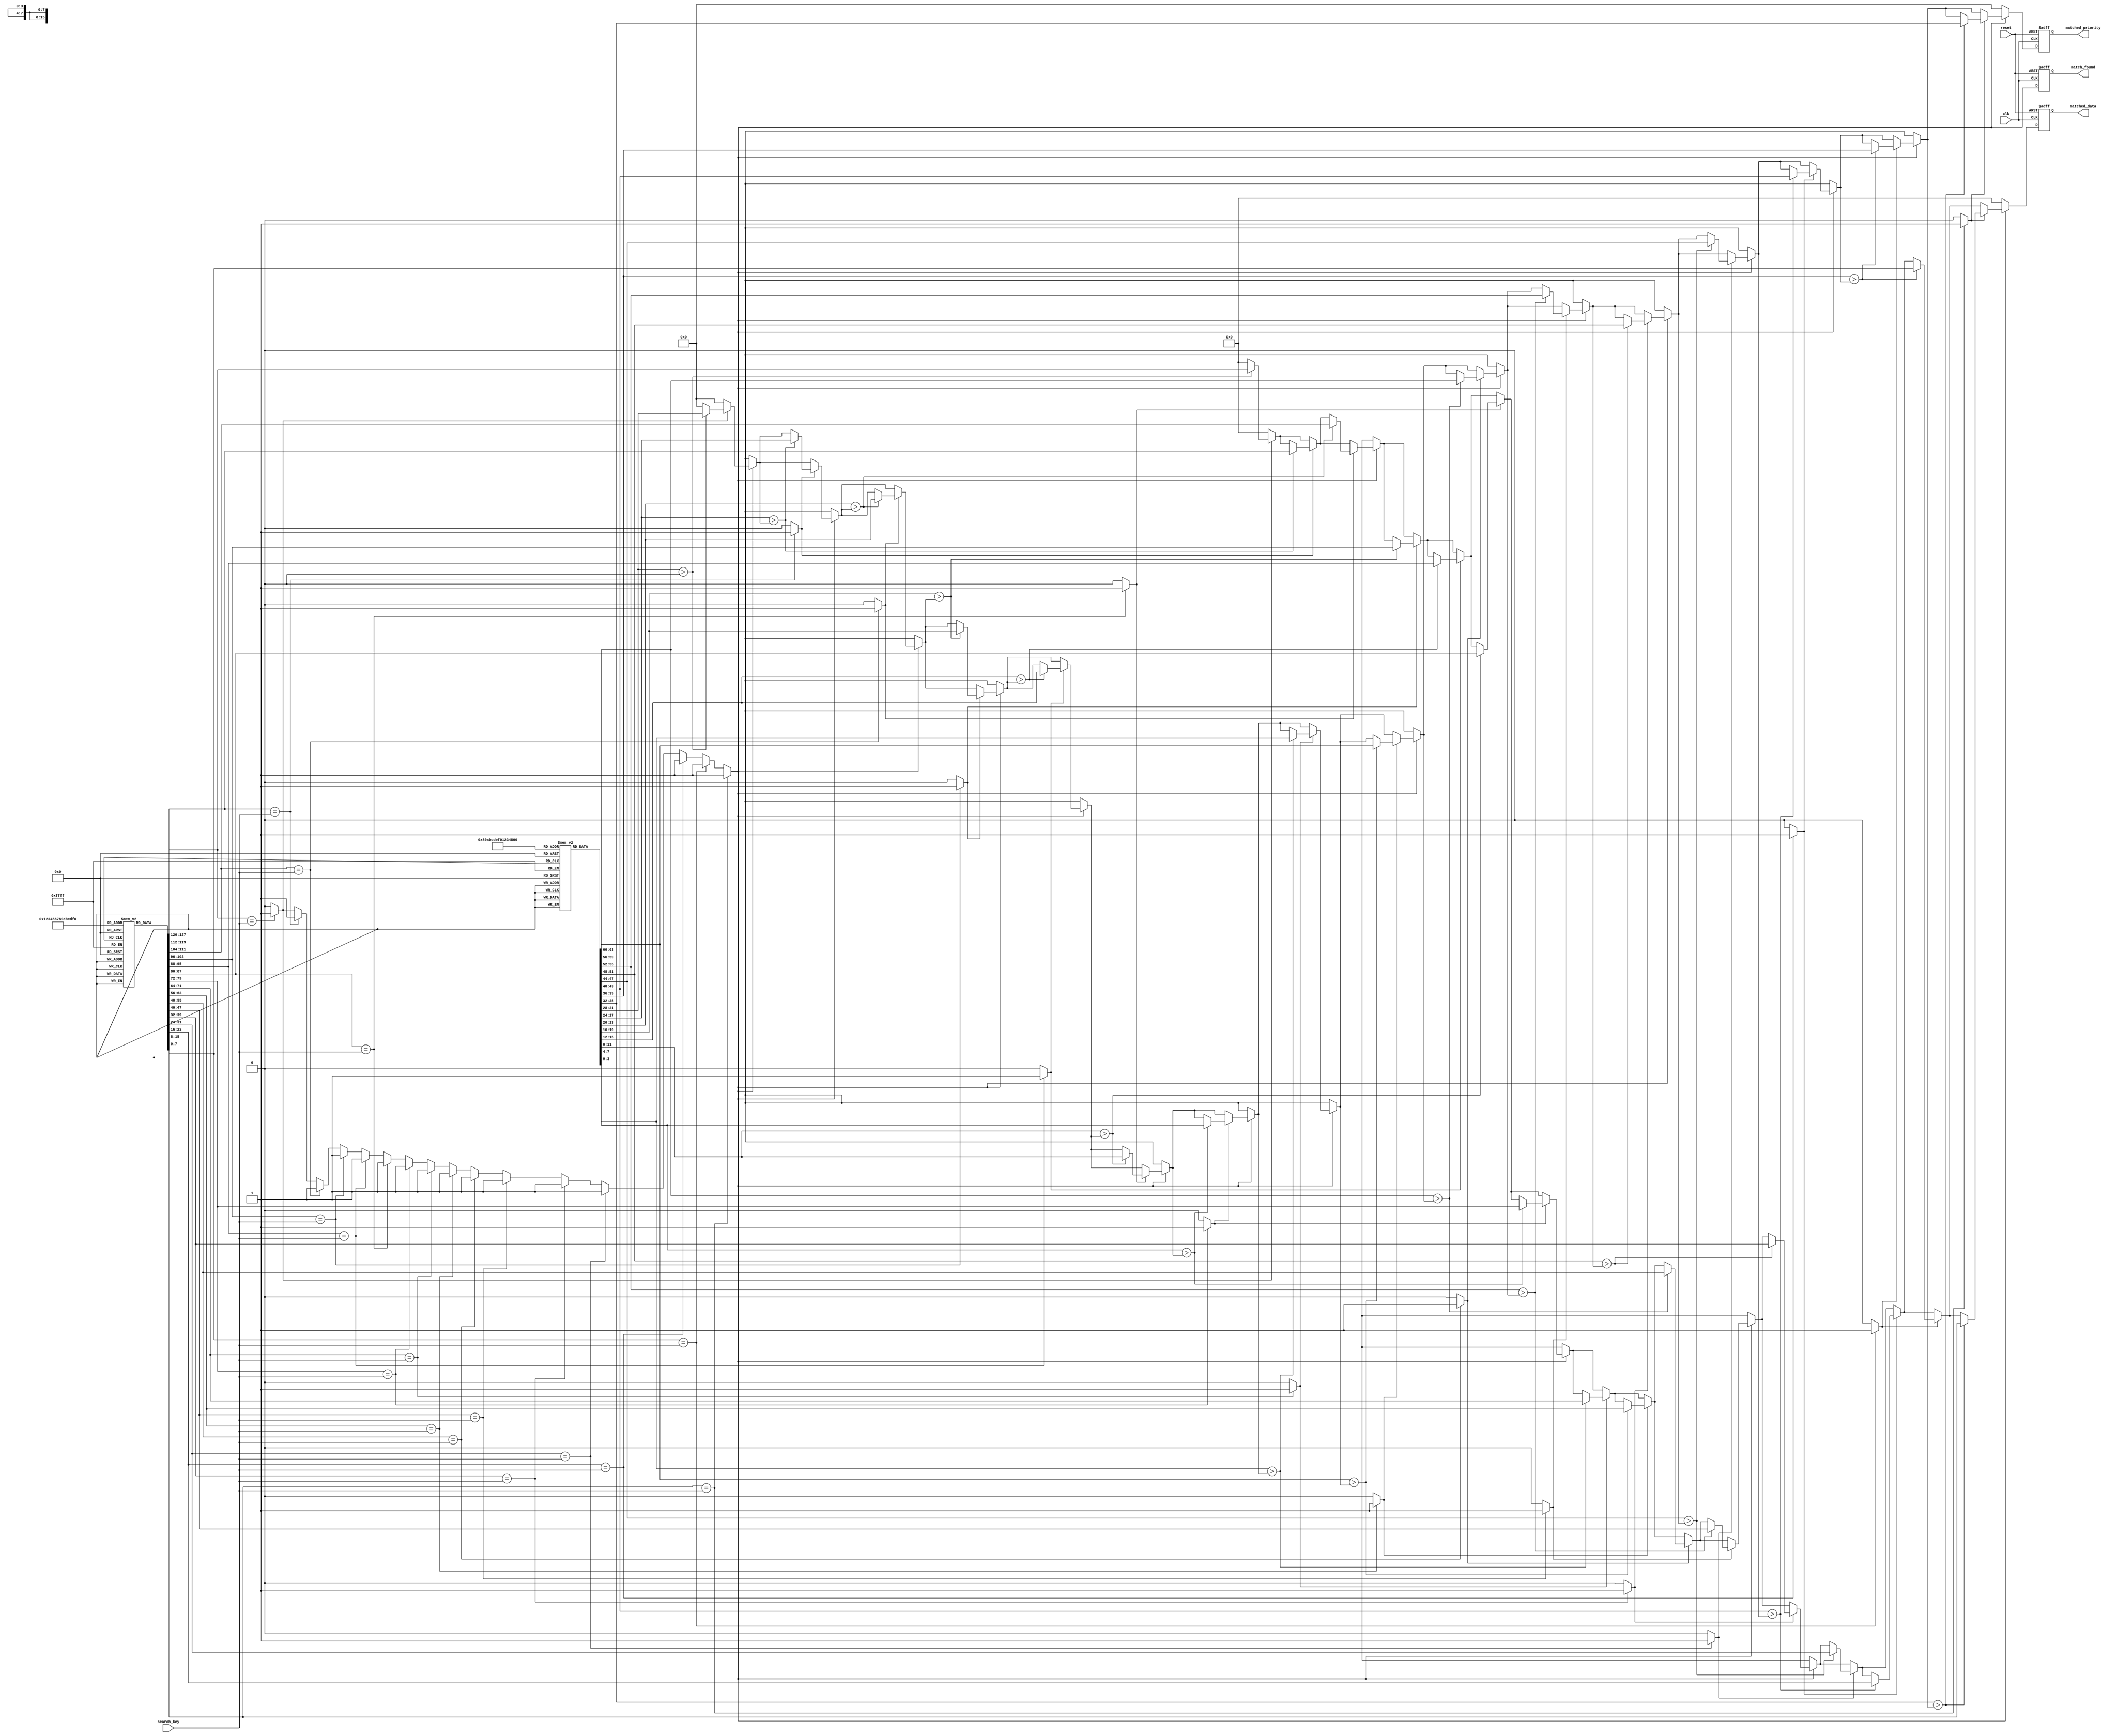
module PriorityCAM #(
    parameter DATA_WIDTH = 8,         // Width of data
    parameter PRIORITY_WIDTH = 4,     // Width of priority
    parameter ENTRY_COUNT = 16         // Number of CAM entries
)(
    input wire clk,                   // Clock signal
    input wire reset,                 // Reset signal
    input wire [DATA_WIDTH-1:0] search_key, // Search key input
    output reg [DATA_WIDTH-1:0] matched_data, // Matched data output
    output reg [PRIORITY_WIDTH-1:0] matched_priority, // Matched priority output
    output reg match_found            // Match found flag
);

    // Memory array to store data and priorities
    reg [DATA_WIDTH-1:0] mem_data [0:ENTRY_COUNT-1];
    reg [PRIORITY_WIDTH-1:0] mem_priority [0:ENTRY_COUNT-1];

    // Array to keep track of matches
    reg [ENTRY_COUNT-1:0] matches;

    integer i;

    // Initialize memory array (for simulation purposes)
    initial begin
        // Load some sample data and priorities
        mem_data[0] = 8'hA0; mem_priority[0] = 4'd1;
        mem_data[1] = 8'hB0; mem_priority[1] = 4'd2;
        mem_data[2] = 8'hC0; mem_priority[2] = 4'd3;
        mem_data[3] = 8'hA0; mem_priority[3] = 4'd2;
        // Define additional entries as needed...
        // memset to 0 for unused entries
        for (i = 4; i < ENTRY_COUNT; i = i + 1) begin
            mem_data[i] = 8'h00;
            mem_priority[i] = 4'd0;
        end
    end

    // Search operation triggered on posedge clock
    always @(posedge clk or posedge reset) begin
        if (reset) begin
            matched_data <= 0;
            matched_priority <= 0;
            match_found <= 0;
        end else begin
            // Clear matches
            matches = 0;
            match_found = 0;

            // Check for matches in all entries
            for (i = 0; i < ENTRY_COUNT; i = i + 1) begin
                if (mem_data[i] == search_key) begin
                    matches[i] = 1'b1; // Mark match found
                    match_found = 1'b1; // Mark at least one match found
                end
            end

            // Determine the highest priority match
            if (match_found) begin
                matched_data = 0;
                matched_priority = 0;

                for (i = 0; i < ENTRY_COUNT; i = i + 1) begin
                    // Find the highest priority entry
                    if (matches[i]) begin
                        if (mem_priority[i] > matched_priority) begin
                            matched_priority = mem_priority[i];
                            matched_data = mem_data[i];
                        end
                    end
                end
            end else begin
                matched_data = 0;
                matched_priority = 0;
            end
        end
    end

endmodule